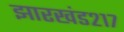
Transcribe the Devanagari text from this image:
झारखंड२१७